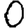
Digit: 0